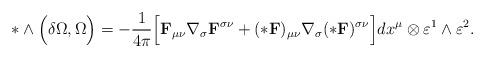
LaTeX: \begin{align*}*\wedge\Bigl(\delta\Omega, \Omega\Bigr)=-\frac{1}{4\pi}\Bigl[{\bf F}_{\mu\nu}\nabla_\sigma {\bf F}^{\sigma\nu}+(*{\bf F})_{\mu\nu}\nabla_\sigma (*{\bf F})^{\sigma\nu}\Bigr]dx^\mu\otimes\varepsilon^1\wedge\varepsilon^2.\end{align*}